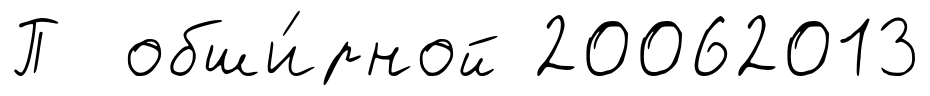
П обши́рной 20062013